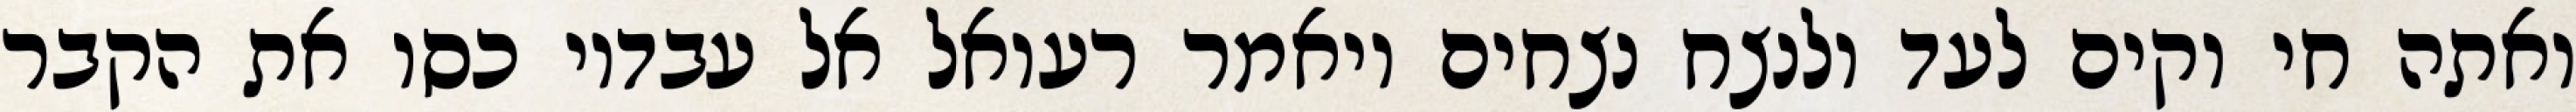
ואתה חי וקים לעד ולנצח נצחים ויאמר רעואל אל עבדיו כסו את הקבר